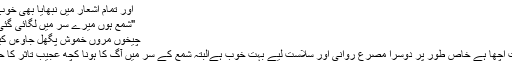
اور تمام اشعار میں نبھایا بھی خوب گیا ہے
"شمع ہوں میرے سر میں لگائی گئی ہے آگ
چیخوں مروں خموش پگھل جاوءں کیا کروں”
شعر بہت اچھا ہے خاص طور پر دوسرا مصرع روانی اور سلاست لیے بہت خوب ہےالبتہ شمع کے سر میں آگ کا ہونا کچھ عجیب تاثر کا حامل ہے۔